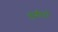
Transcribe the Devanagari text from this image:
बुशीदो